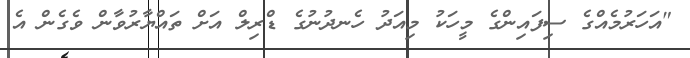
"އަހަރުމެއްގެ ސިފައިންގެ މީހަކު މިއަދު ހެނދުނުގެ ޑްރިލް އަށް ތައްޔާރުވާން ވެގެން އެ